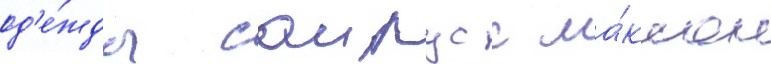
од'е́жды саирус с ма́ксом